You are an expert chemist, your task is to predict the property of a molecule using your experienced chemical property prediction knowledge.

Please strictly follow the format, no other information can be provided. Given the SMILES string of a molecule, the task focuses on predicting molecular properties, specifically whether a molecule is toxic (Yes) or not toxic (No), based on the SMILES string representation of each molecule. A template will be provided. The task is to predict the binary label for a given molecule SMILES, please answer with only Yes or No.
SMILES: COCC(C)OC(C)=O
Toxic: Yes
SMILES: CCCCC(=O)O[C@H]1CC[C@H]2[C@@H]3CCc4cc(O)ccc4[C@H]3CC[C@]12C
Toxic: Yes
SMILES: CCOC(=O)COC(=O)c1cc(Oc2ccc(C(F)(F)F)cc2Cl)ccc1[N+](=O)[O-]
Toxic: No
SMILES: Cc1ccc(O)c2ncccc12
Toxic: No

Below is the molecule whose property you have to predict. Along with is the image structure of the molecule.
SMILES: C[C@@H]1O[C@@H](OC[C@H]2O[C@@H](Oc3c(-c4ccc(OCCO)c(OCCO)c4)oc4cc(OCCO)cc(O)c4c3=O)[C@H](O)[C@@H](O)[C@@H]2O)[C@H](O)[C@H](O)[C@H]1O
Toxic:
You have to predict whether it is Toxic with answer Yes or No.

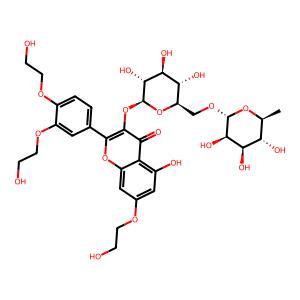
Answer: No